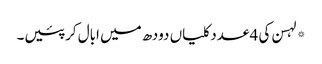
*لہسن کی 4 عدد کلیاں دودھ میں ابال کر پئیں۔